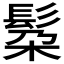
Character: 𮫄